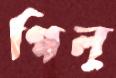
পিলু